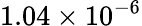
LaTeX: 1.04\times 10^{-6}